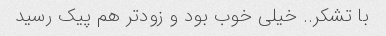
با تشکر.. خیلی خوب بود و زودتر هم پیک رسید